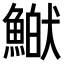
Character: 𩹏